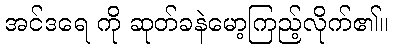
အင်ဒရေ ကို ဆုတ်ခနဲမော့ကြည့်လိုက်၏။